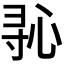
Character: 𫴭